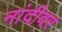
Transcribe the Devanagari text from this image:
नांदीवर